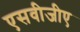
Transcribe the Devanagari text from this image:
एसवीजीए